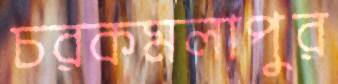
চরকমলাপুর